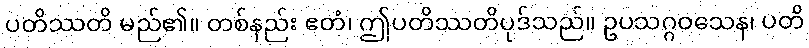
ပတိဿတိ မည်၏။ တစ်နည်း ဧတံ၊ ဤပတိဿတိပုဒ်သည်။ ဥပသဂ္ဂဝသေန၊ ပတိ